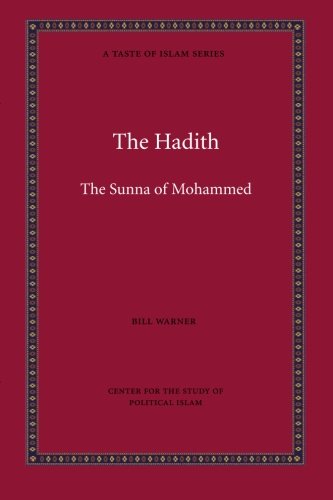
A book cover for The Hadith (A Taste of Islam) (Volume 5); Bill Warner; Religion & Spirituality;